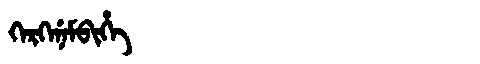
Manchu: ᡴᡝᡵᡴᡝᠨᡝᠮᠪᡳᡥᡝ
Romanization: KERKENEMBIHE